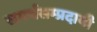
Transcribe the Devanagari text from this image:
समर्थसम्प्रदायी